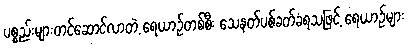
ပစ္စည်းများတင်ဆောင်လာတဲ့ ရေယာဉ်တစ်စီး သေနတ်ပစ်ခတ်ခံရသဖြင့် ရေယာဉ်များ